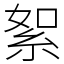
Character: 絮